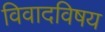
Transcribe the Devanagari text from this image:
विवादविषय